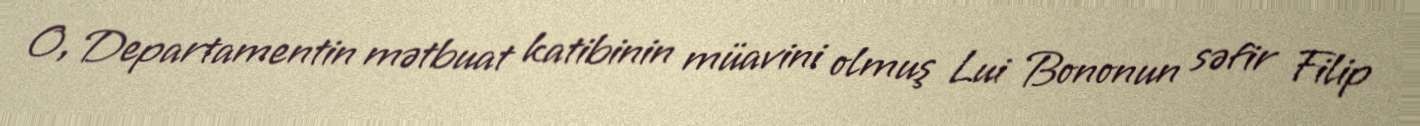
O, Departamentin mətbuat katibinin müavini olmuş Lui Bononun səfir Filip